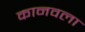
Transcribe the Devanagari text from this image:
कानवला